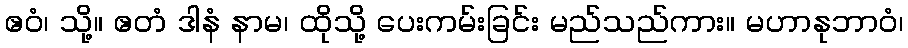
ဧဝံ၊ သို့။ ဧတံ ဒါနံ နာမ၊ ထိုသို့ ပေးကမ်းခြင်း မည်သည်ကား။ မဟာနုဘာဝံ၊